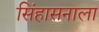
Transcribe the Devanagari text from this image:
सिंहासनाला